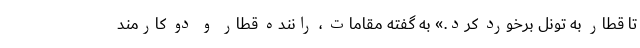
تا قطار به تونل برخورد کرد.» به گفته مقامات ، راننده قطار و دو کارمند